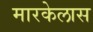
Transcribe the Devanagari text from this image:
मारकेलास